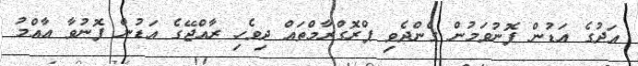
އަދުގެ އަޑުން ފޮނުވަމުން ގެންދެވި ޕްރޮގްރާމްތައް ދިވެހި ރާއްޖޭގެ އަޑުން ފޮނުވާ ޢާއްމު